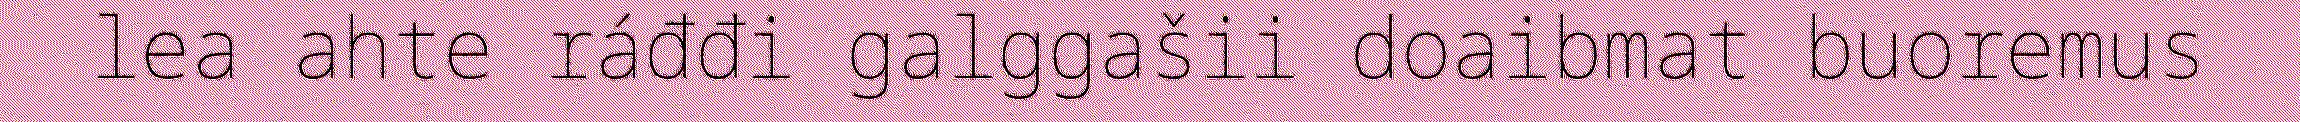
lea ahte ráđđi galggašii doaibmat buoremus